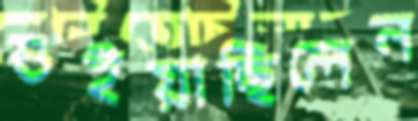
শুইয়াছিলেন